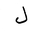
Letter: _lam